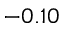
- 0 . 1 0